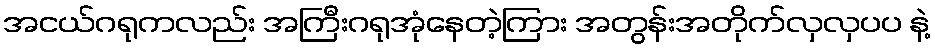
အငယ်ဂရုကလည်း အကြီးဂရုအုံနေတဲ့ကြား အတွန်းအတိုက်လှလှပပ နဲ့